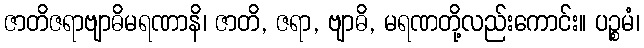
ဇာတိဇရာဗျာဓိမရဏာနိ၊ ဇာတိ, ဇရာ, ဗျာဓိ, မရဏတို့လည်းကောင်း။ ပဉ္စမံ၊